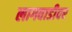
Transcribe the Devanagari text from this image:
लागवाडीवर